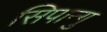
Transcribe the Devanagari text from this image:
सिपान्गु